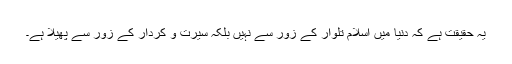
یہ حقیقت ہے کہ دنیا میں اسلام تلوار کے زور سے نہیں بلکہ سیرت و کردار کے زور سے پھیلا ہے۔